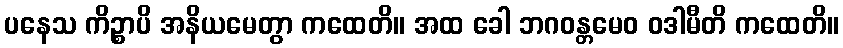
ပနေသ ကိဉ္စာပိ အနိယမေတွာ ကထေတိ။ အထ ခေါ ဘဂဝန္တမေဝ ဝဒါမီတိ ကထေတိ။